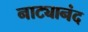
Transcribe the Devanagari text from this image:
नाट्यानंद